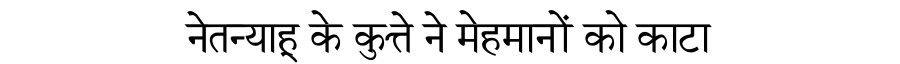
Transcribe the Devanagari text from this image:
नेतन्याहू के कुत्ते ने मेहमानों को काटा